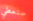
سنعطي